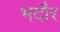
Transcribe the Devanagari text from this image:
भदौर